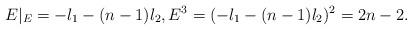
LaTeX: \begin{align*} E|_E=-l_1-(n-1)l_2,E^3=(-l_1-(n-1)l_2)^2=2n-2.\end{align*}